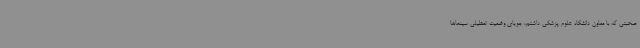
صحبتی که با معاون دانشگاه علوم پزشکی داشتم، جویای وضعیت تعطیلی سینماها